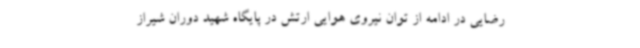
رضایی در ادامه از توان نیروی هوایی ارتش در پایگاه شهید دوران شیراز